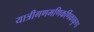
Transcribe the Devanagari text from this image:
यात्रीगणमणिकर्णिकाकुण्ड